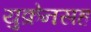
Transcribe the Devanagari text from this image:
युक्रेनसह